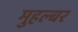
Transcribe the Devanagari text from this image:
मुहल्बर